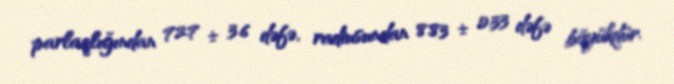
parlaqlığından 72.7 ± 3.6 dəfə, radiusundan 8.83 ± 0.33 dəfə böyükdür.